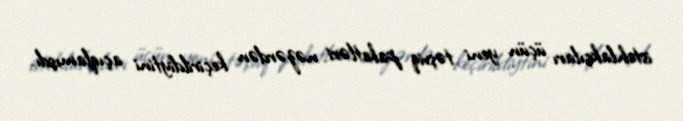
istehlakçıları üçün yeni təşviq paketləri nəzərdən keçirildiytini açıqlamışdı.